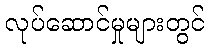
လုပ်ဆောင်မှုများတွင်